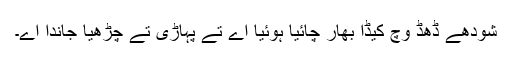
شودھے ڈھڈ وچ کیڈا بھار چائیا ہوئیا اے تے پہاڑی تے چڑھیا جاندا اے۔